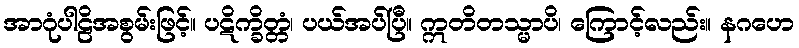
အာဂုံပါဠိအစွမ်းဖြင့်။ ပဋိက္ခိတ္တံ၊ ပယ်အပ်ပြီ။ ဣတိတသ္မာပိ၊ ကြောင့်လည်း။ နဂဟေ